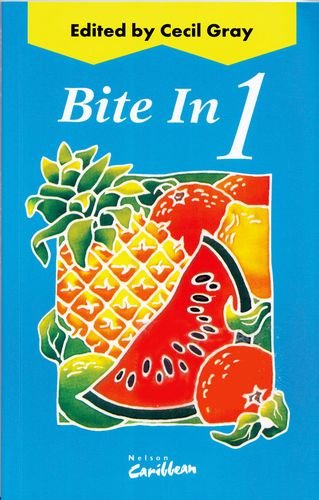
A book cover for Bite In - 1; Cecil Gray; Teen & Young Adult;